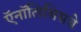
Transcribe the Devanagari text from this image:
ऍनॉलिसिसचे